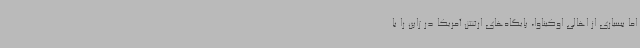
اما بسیاری از اهالی اوکیناوا، پایگاه‌های ارتش آمریکا در ژاپن را با